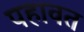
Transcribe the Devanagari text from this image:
पहावत